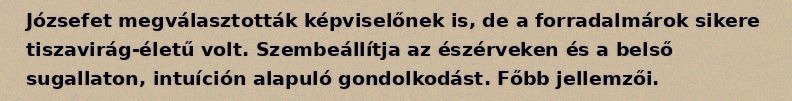
Józsefet megválasztották képviselőnek is, de a forradalmárok sikere tiszavirág-életű volt. Szembeállítja az észérveken és a belső sugallaton, intuíción alapuló gondolkodást. Főbb jellemzői.